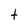
Character: t